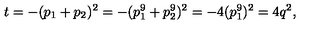
t = - ( p _ { 1 } + p _ { 2 } ) ^ { 2 } = - ( p _ { 1 } ^ { 9 } + p _ { 2 } ^ { 9 } ) ^ { 2 } = - 4 ( p _ { 1 } ^ { 9 } ) ^ { 2 } = 4 q ^ { 2 } ,